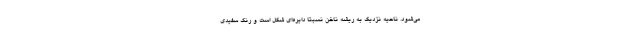
می‌شود. ناحیه نزدیک به ریشه ناخن نسبتاً دایره‌ای شکل است و رنگ سفیدی